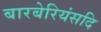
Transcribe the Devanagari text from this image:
बारबेरियंसदि